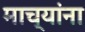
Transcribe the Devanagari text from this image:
माच्यांना